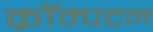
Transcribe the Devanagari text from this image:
क्रॉम्पटन